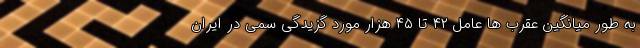
به طور میانگین عقرب ها عامل ۴۲ تا ۴۵ هزار مورد گزیدگی سمی در ایران